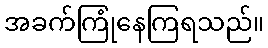
အခက်ကြုံနေကြရသည်။